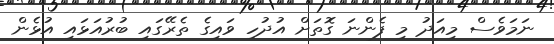
ނަމަވެސް މިއަދު މި ފެންނަ ގޮތަށް އުދުހި ވައިގެ ތެރޭގައި ބުރުއަޅައި އުޅެން